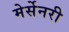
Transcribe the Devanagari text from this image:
मेर्सेनरी